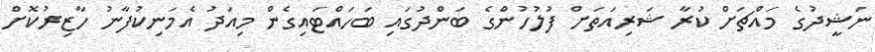
ނަޝީދުގެ މައްޗަށް ކުރާ ޝަރިއަތަށް ފުލުހުންގެ ބަންދުގައި ބަހައްޓައިގެން މިއަދު އެމަނިކުފާނު ހާޒިރުކޮށް